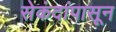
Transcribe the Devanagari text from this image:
सेकंदांपासून